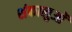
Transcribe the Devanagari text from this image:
शंकालुओं